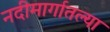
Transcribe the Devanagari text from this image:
नदीमार्गातल्या